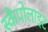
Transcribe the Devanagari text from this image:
स्कैपोलाइट